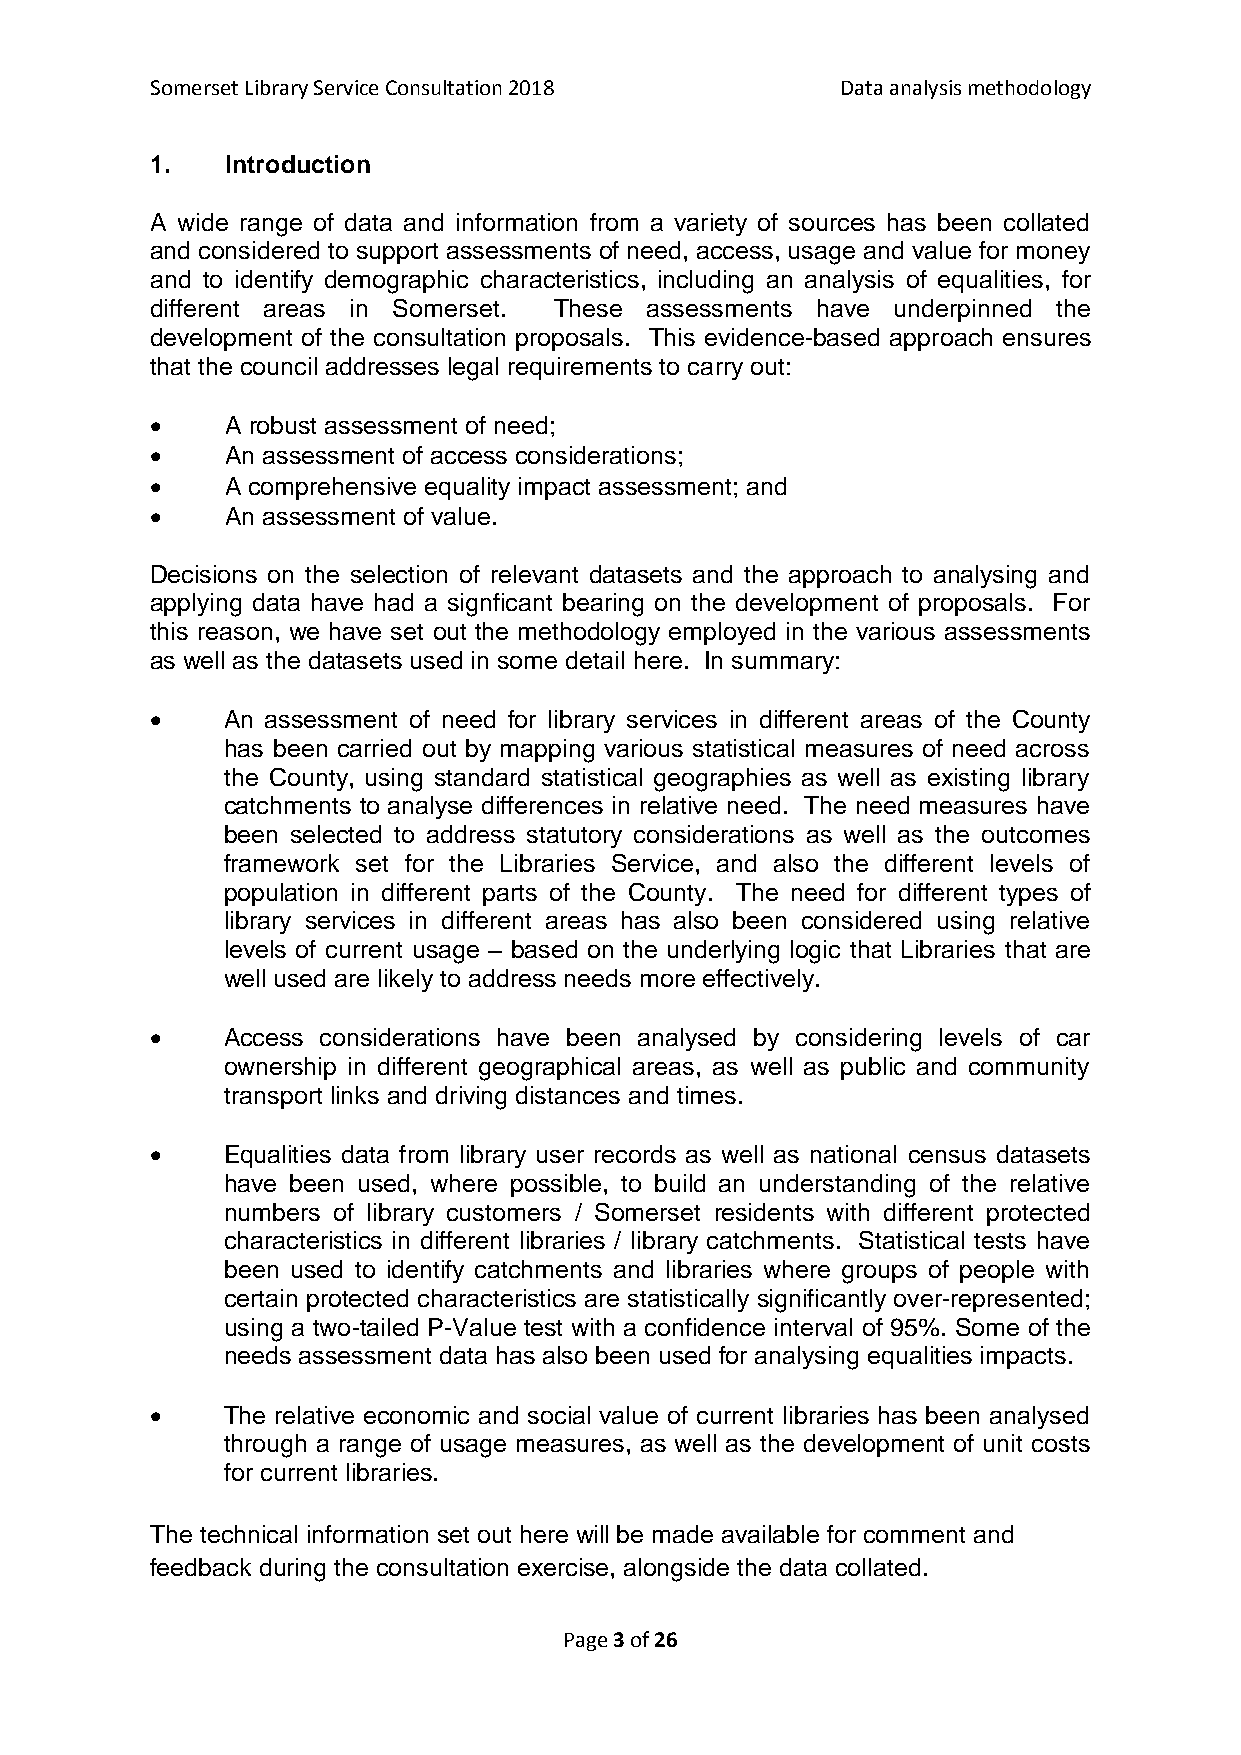
Somerset Library Service Consultation 2018    Data analysis methodology
 1.   Introduction
 A wide range of data and information from a variety of sources has been collated
 and considered to support assessments of need, access, usage and value for money
 and to identify demographic characteristics, including an analysis of equalities, for
 different areas in Somerset. These assessments have underpinned the
 development of the consultation proposals. This evidence-based approach ensures
 that the council addresses legal requirements to carry out:
     A robust assessment of need;
     An assessment of access considerations;
     A comprehensive equality impact assessment; and
     An assessment of value.
 Decisions on the selection of relevant datasets and the approach to analysing and
 applying data have had a signficant bearing on the development of proposals. For
 this reason, we have set out the methodology employed in the various assessments
 as well as the datasets used in some detail here. In summary:
     An assessment of need for library services in different areas of the County
 has been carried out by mapping various statistical measures of need across
 the County, using standard statistical geographies as well as existing library
 catchments to analyse differences in relative need. The need measures have
 been selected to address statutory considerations as well as the outcomes
 framework set for the Libraries Service, and also the different levels of
 population in different parts of the County. The need for different types of
 library services in different areas has also been considered using relative
 levels of current usage – based on the underlying logic that Libraries that are
 well used are likely to address needs more effectively.
     Access considerations have been analysed by considering levels of car
 ownership in different geographical areas, as well as public and community
 transport links and driving distances and times.
     Equalities data from library user records as well as national census datasets
 have been used, where possible, to build an understanding of the relative
 numbers of library customers / Somerset residents with different protected
 characteristics in different libraries / library catchments. Statistical tests have
 been used to identify catchments and libraries where groups of people with
 certain protected characteristics are statistically significantly over-represented;
 using a two-tailed P-Value test with a confidence interval of 95%. Some of the
 needs assessment data has also been used for analysing equalities impacts.
     The relative economic and social value of current libraries has been analysed
 through a range of usage measures, as well as the development of unit costs
 for current libraries.
 The technical information set out here will be made available for comment and
 feedback during the consultation exercise, alongside the data collated.
 Page 3 of 26